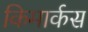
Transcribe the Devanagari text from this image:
किमार्कस